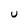
Character: U